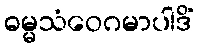
ဓမ္မသံဝေဂမာပါဒိံ